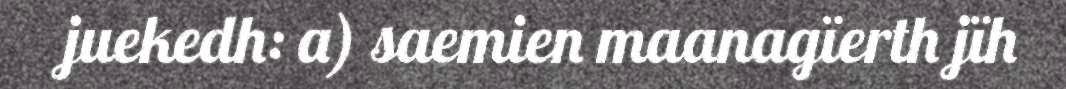
juekedh: a) saemien maanagïerth jïh